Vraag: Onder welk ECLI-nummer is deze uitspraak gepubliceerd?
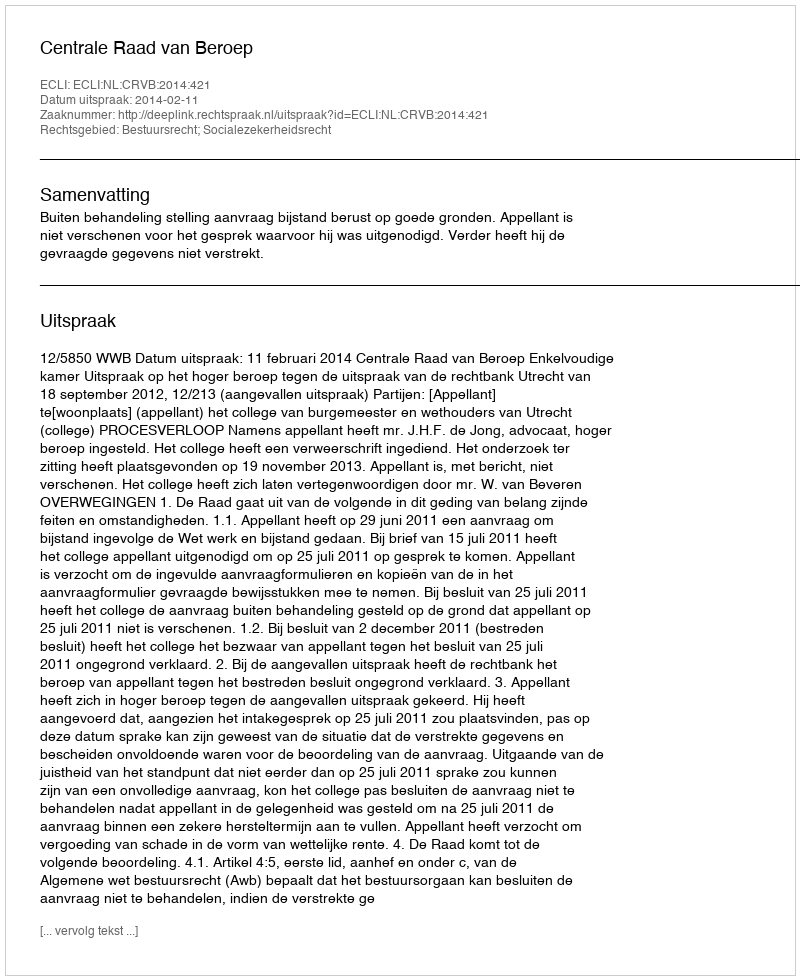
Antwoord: ECLI:NL:CRVB:2014:421